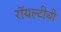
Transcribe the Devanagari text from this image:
रॉयल्टीची